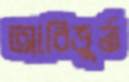
আবিভূর্ত